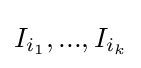
I_{i_{1}},...,I_{i_{k}}